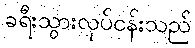
ခရီးသွားလုပ်ငန်းသည်